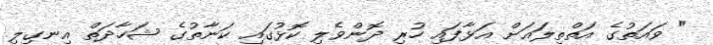
" ވައަތުގެ އަތްތިލައަށް އަޅާފައި ހުރި ދޮންވެލި ކޮޅުގައި ކަނާތުގެ ޝަހާދަތް އިނގިލި